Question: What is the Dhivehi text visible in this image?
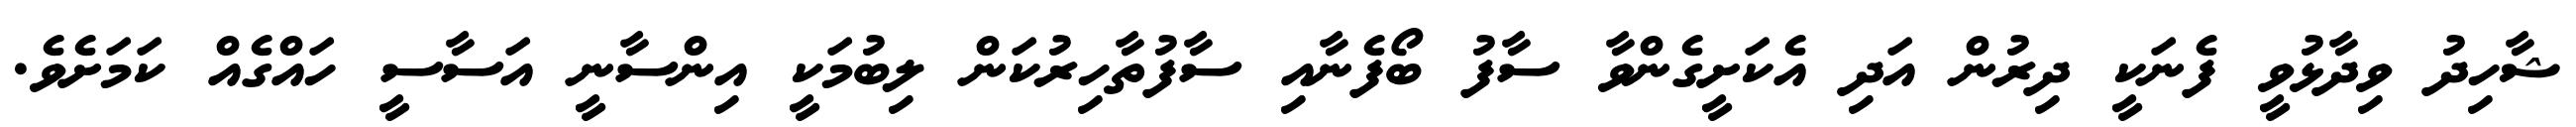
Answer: ޝާހިދު ވިދާޅުވީ ފެނަކީ ދިރުން އަދި އެކަށީގެންވާ ސާފު ބޯފެނާއި ސާފުތާހިރުކަން ލިބުމަކީ އިންސާނީ އަސާސީ ހައްގެއް ކަމަށެވެ.